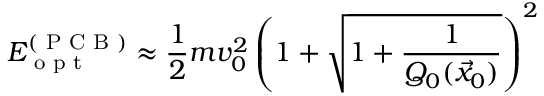
E _ { \textrm { o p t } } ^ { ( \textrm { P C B } ) } \approx \frac { 1 } { 2 } m v _ { 0 } ^ { 2 } \left( 1 + \sqrt { 1 + \frac { 1 } { Q _ { 0 } ( \vec { x } _ { 0 } ) } } \right) ^ { 2 }